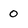
Character: 0